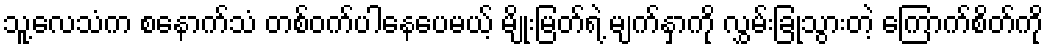
သူ့လေသံက စနောက်သံ တစ်ဝက်ပါနေပေမယ့် မျိုးမြတ်ရဲ့ မျက်နှာကို လွှမ်းခြုံသွားတဲ့ ကြောက်စိတ်ကို